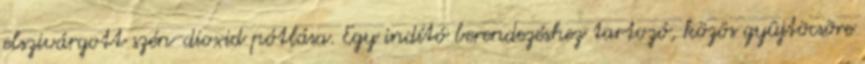
elszivárgott szén-dioxid pótlása. Egy indító berendezéshez tartozó, közös gyûjtõcsõre